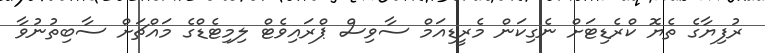
ރުފިޔާގެ ތެޔޮ ކްރެޑިޓަށް ނެގިކަން މެރީޑިއަމް ސާވިސް ޕްރައިވެޓް ލިމިޓެޑްގެ މައްޗަށް ސާބިތުނުވާ